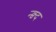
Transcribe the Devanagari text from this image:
न्क्व्द